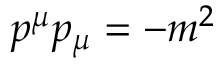
p ^ { \mu } p _ { \mu } = - m ^ { 2 }